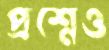
প্রশ্নেও